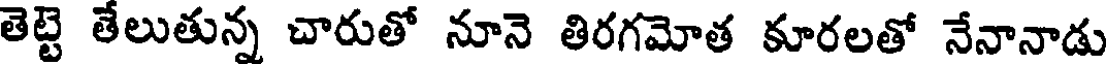
తెట్టె తేలుతున్న చారుతో నూనె తిరగమోత కూరలతో నేనానాడు